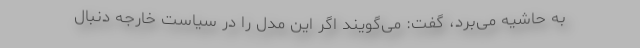
به حاشیه می‌برد، گفت: می‌گویند اگر این مدل را در سیاست خارجه دنبال